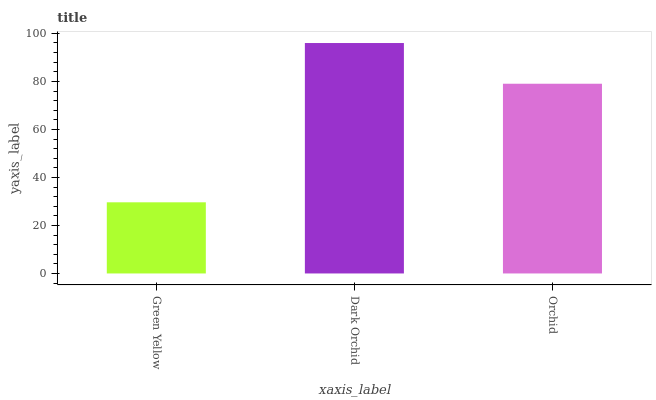
| xaxis_label | bars |
 | --- | --- |
 | Green Yellow | 29.6 |
 | Dark Orchid | 96 |
 | Orchid | 79 |